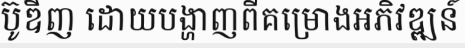
ប៊ូឌីញ ដោយបង្ហាញពីគម្រោងអភិវឌ្ឍន៍